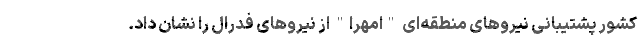
کشور پشتیبانی نیروهای منطقه‌ای "امهرا" از نیروهای فدرال را نشان داد.